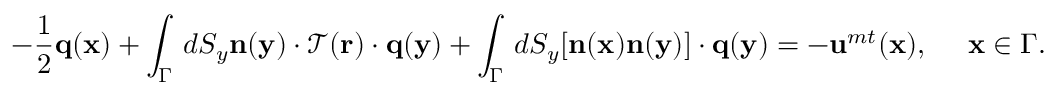
- \frac { 1 } { 2 } \mathbf { q } ( \mathbf { x } ) + \int _ { \Gamma } \, d S _ { y } \mathbf { n } ( \mathbf { y } ) \cdot \mathcal { T } ( \mathbf { r } ) \cdot \mathbf { q } ( \mathbf { y } ) + \int _ { \Gamma } \, d S _ { y } [ \mathbf { n } ( \mathbf { x } ) \mathbf { n } ( \mathbf { y } ) ] \cdot \mathbf { q } ( \mathbf { y } ) = - \mathbf { u } ^ { m t } ( \mathbf { x } ) , ~ ~ ~ ~ \mathbf { x } \in \Gamma .